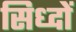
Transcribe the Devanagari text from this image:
सिध्दों